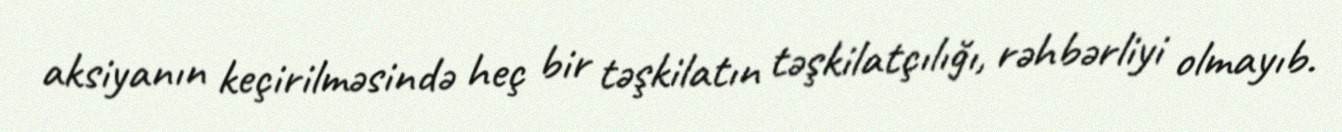
aksiyanın keçirilməsində heç bir təşkilatın təşkilatçılığı, rəhbərliyi olmayıb.